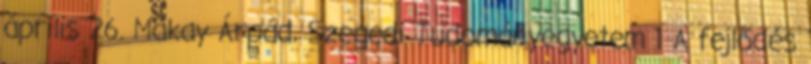
április 26. Makay Árpád, Szegedi Tudományegyetem 1 A fejlődés